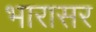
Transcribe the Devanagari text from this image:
भारासर